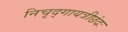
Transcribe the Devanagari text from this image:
निचृद्‌गायत्रीछंदः